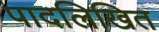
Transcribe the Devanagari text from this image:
पादलिखित